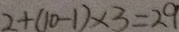
2 + ( 1 0 - 1 ) \times 3 = 2 0